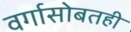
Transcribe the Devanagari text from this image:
वर्गासोबतही